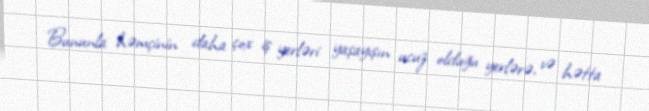
Bununla həmçinin daha çox iş yerləri yaşayışın ucuz olduğu yerlərə, və hətta